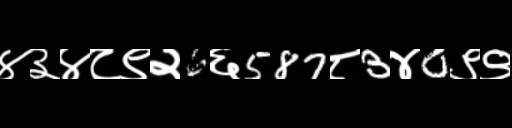
Text: ४३४८९२6६587८3४0९९